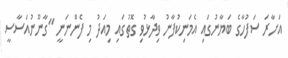
އަށާރަ ސަފުހާގެ ބަޔާނުގައި އެމަނިކުފާނު ވިދާޅުވި ގޮތުގައި މިއަދު މި ފެންނަނީ "ގާނޫނުއަސާސީ